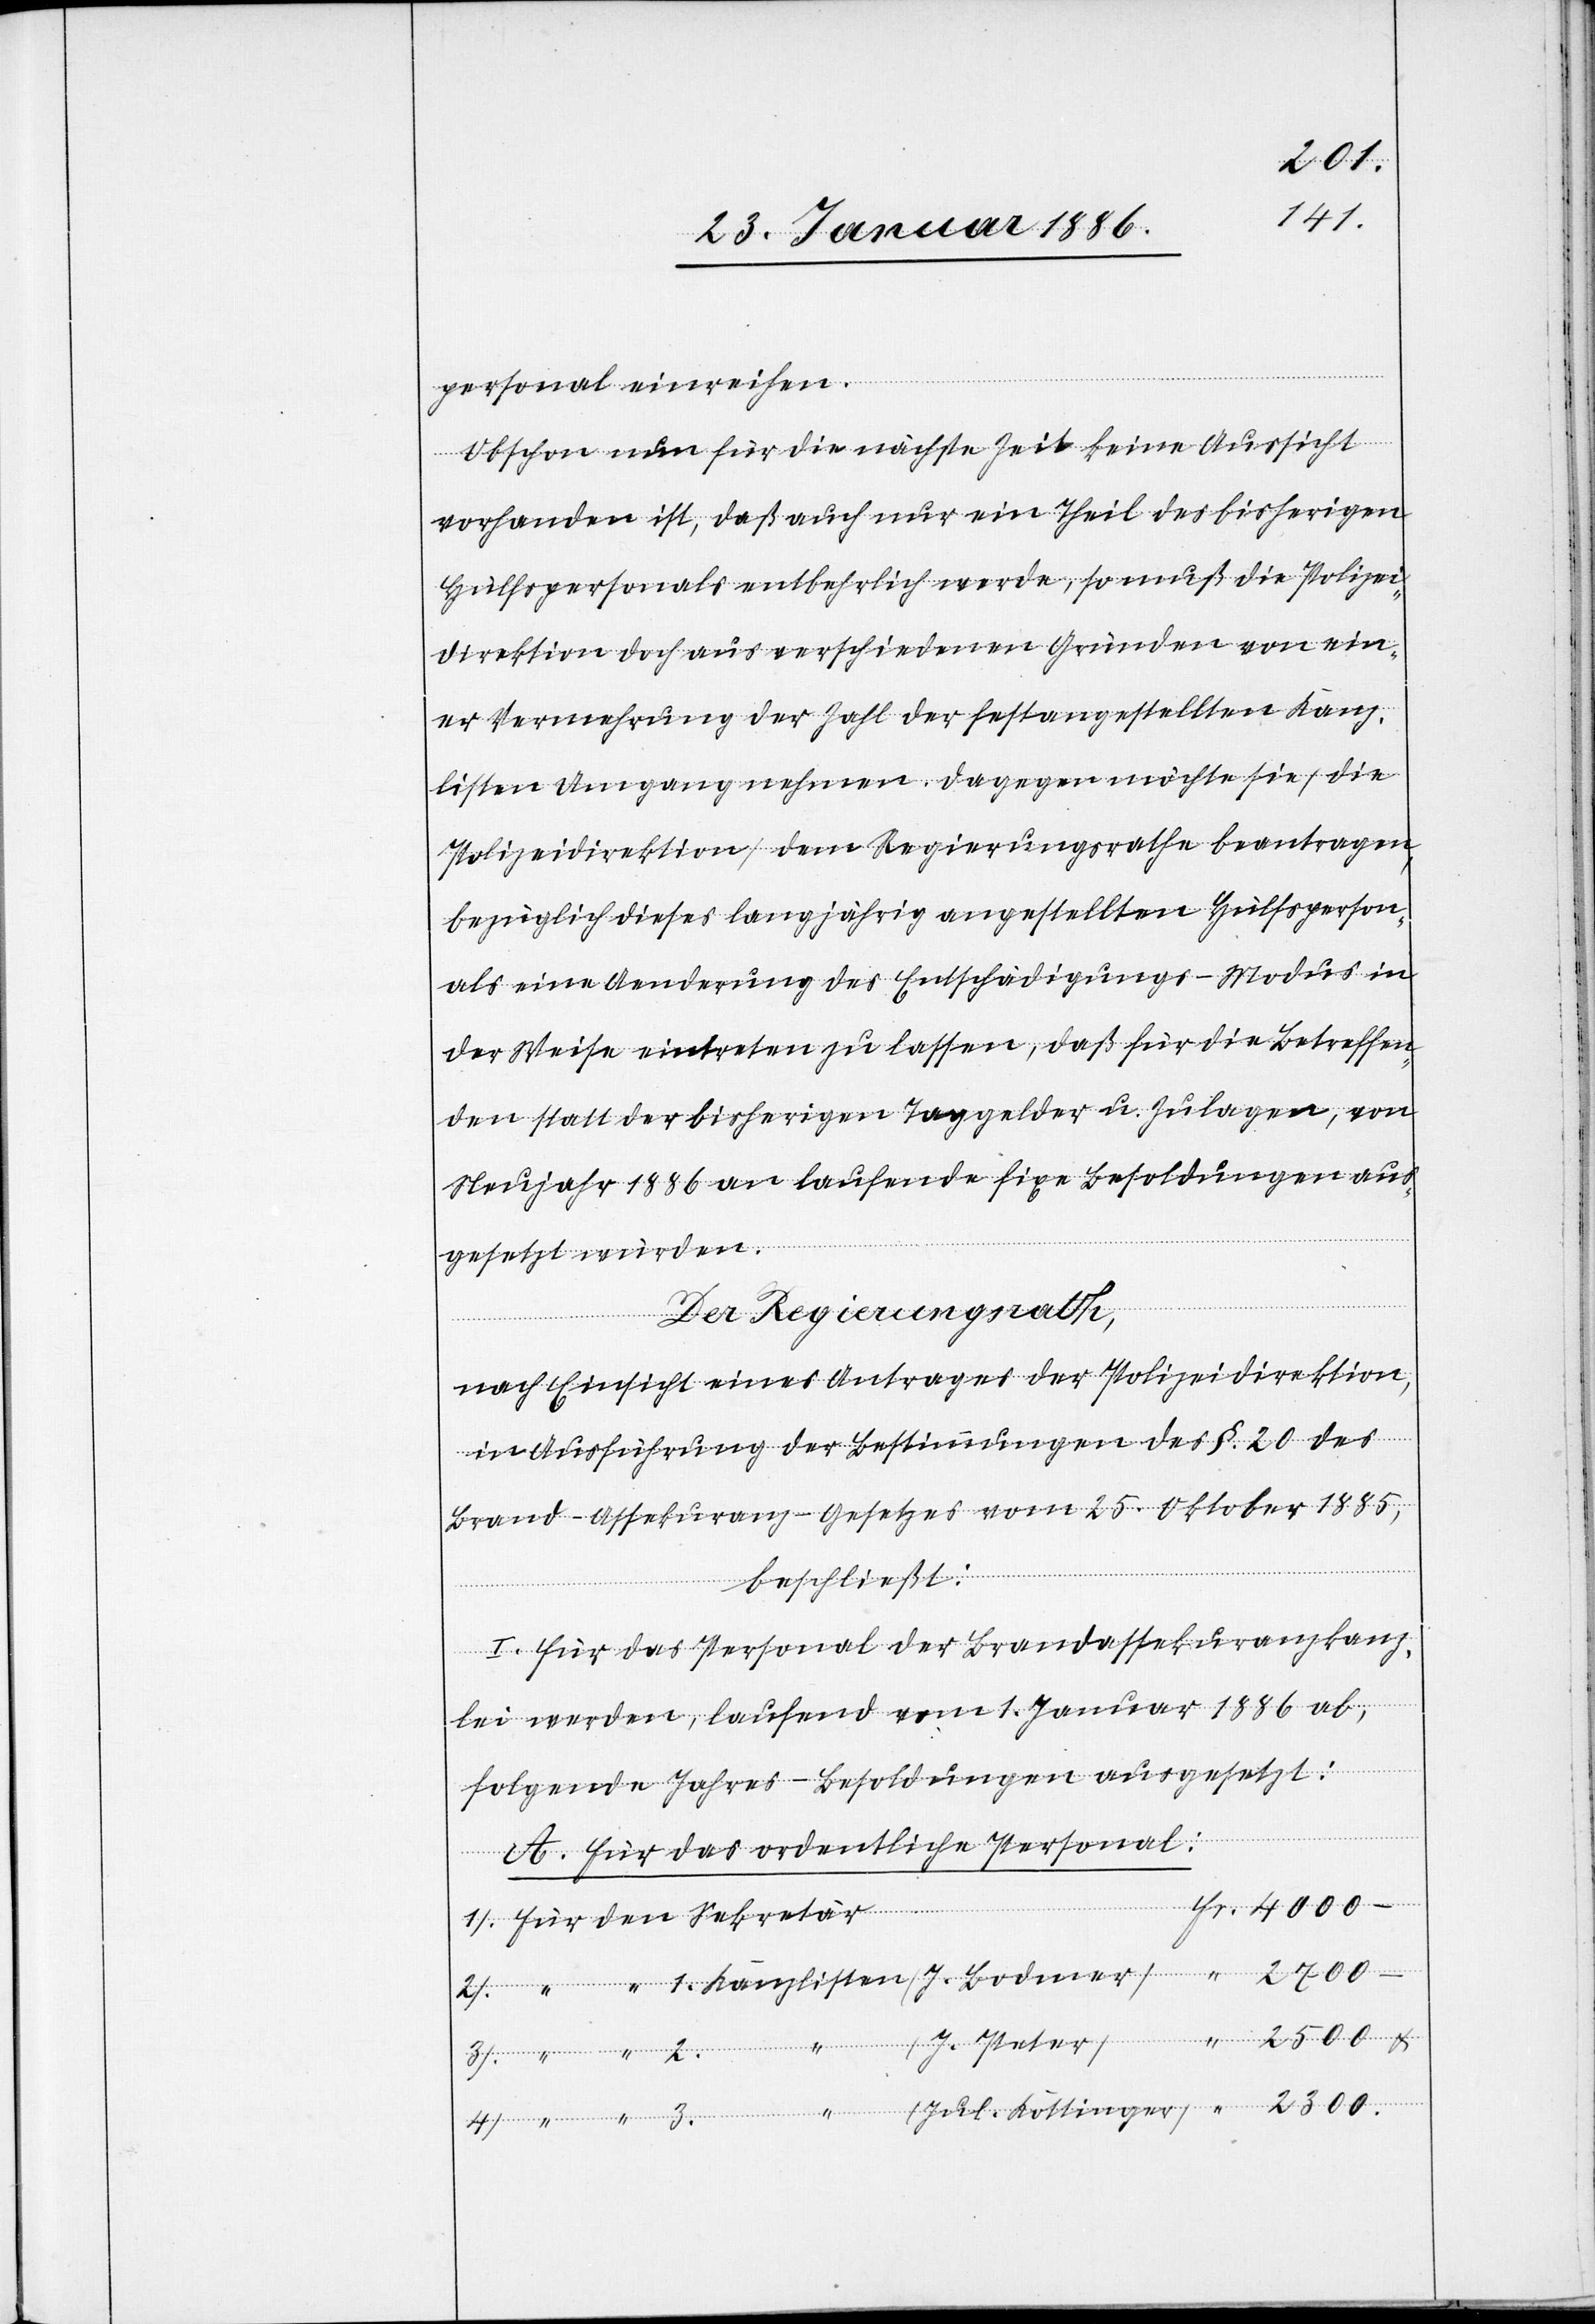
2500.–
4).
personal einreihen.
Obschon nun für die nächste Zeit keine Aussicht
vorhanden ist, daß auch nur ein Theil des bisherigen
Hülfspersonals entbehrlich werde, so muß die Polizei¬
direktion doch aus verschiedenen Gründen von ein¬
er Vermehrung der Zahl der festangestellten Kanz¬
listen Umgang nehmen. Dagegen möchte sie, (die
Polizeidirektion) dem Regierungsrathe beantragen,
bezüglich dieses langjährig angestellten Hülfsperson¬
als eine Aenderung des Entschädigungs-Modus in
der Weise eintreten zu lassen, daß für die Betreffen¬
de statt der bisherigen Taggelder u. Zulagen, von
Neujahr 1886 an laufende fixe Besoldungen aus¬
gesetzt wurden.
Der Regierungsrath,
nach Einsicht eines Antrages der Polizeidirektion,
in Ausführung der Bestimmungen des §. 20 des
Brand-Assekuranz-Gesetzes vom 25. Oktober 1885,
Kanzlisten
beschließt:
I. Für das Personal der Brandassekuranzkanz¬
lei werden, laufend vom 1. Januar 1886 ab,
folgende Jahres-Besoldungen ausgesetzt:
A. Für das ordentliche Personal: